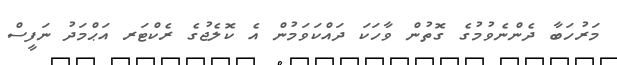
މަރުހަބާ ދެންނެވުމުގެ ގޮތުން ވާހަކަ ދައްކަވަމުން އެ ކޮލެޖުގެ ރެކްޓަރ އަޙްމަދު ނަފީސް